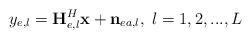
LaTeX: \begin{align*}y_{e,l}=\mathbf{H}_{e,l}^{H}\mathbf{x}+\mathbf{n}_{ea,l},~l=1,2,...,L\end{align*}